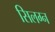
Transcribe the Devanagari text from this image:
सिलग्न